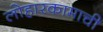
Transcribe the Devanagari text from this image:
लोहारकामाची